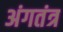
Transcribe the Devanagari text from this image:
अंगतंत्र